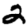
Digit: 2